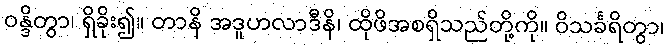
ဝန္ဒိတွာ၊ ရှိခိုး၍။ တာနိ အဒူဟလာဒီနိ၊ ထိုဖိအစရှိသည်တို့ကို။ ဝိသင်္ခရိတွာ၊